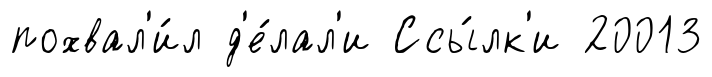
похвал'и́л д'е́лал'и Ссы́лк'и 20013